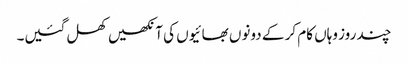
چند روز وہاں کام کر کے دونوں بھائیوں کی آنکھیں کھل گئیں۔